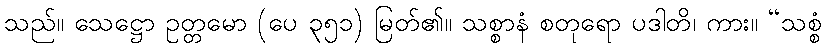
သည်။ သေဋ္ဌော ဥတ္တမော (ပေ ၃၅၁) မြတ်၏။ သစ္စာနံ စတုရော ပဒါတိ၊ ကား။ “သစ္စံ